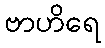
ဗာဟိရေ